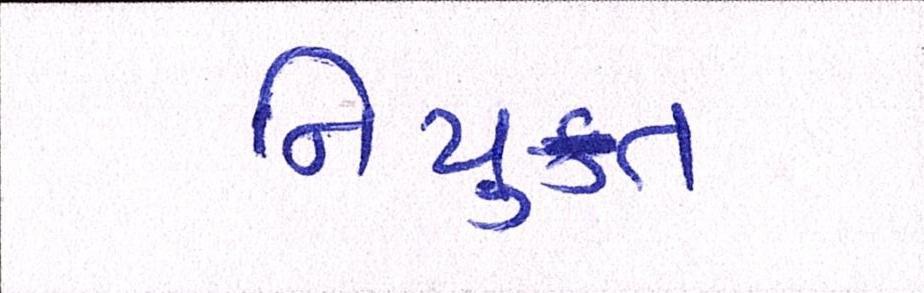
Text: નિયુકત